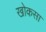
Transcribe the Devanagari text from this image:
खोकसा